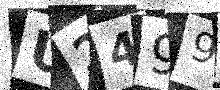
Text: U2499E